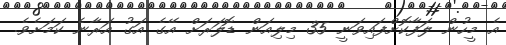
އެ މީހުން ލަފާކޮށްފައިވަނީ 35 މިލިއަން ޑޮލަރަށް އޭގެ އަގު އަރާނެ ކަމަށެވެ.